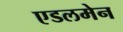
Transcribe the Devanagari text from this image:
एडलमेन